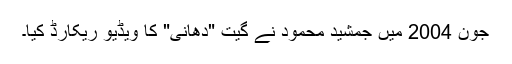
جون 2004 میں جمشید محمود نے گیت "دھانی" کا ویڈیو ریکارڈ کیا۔